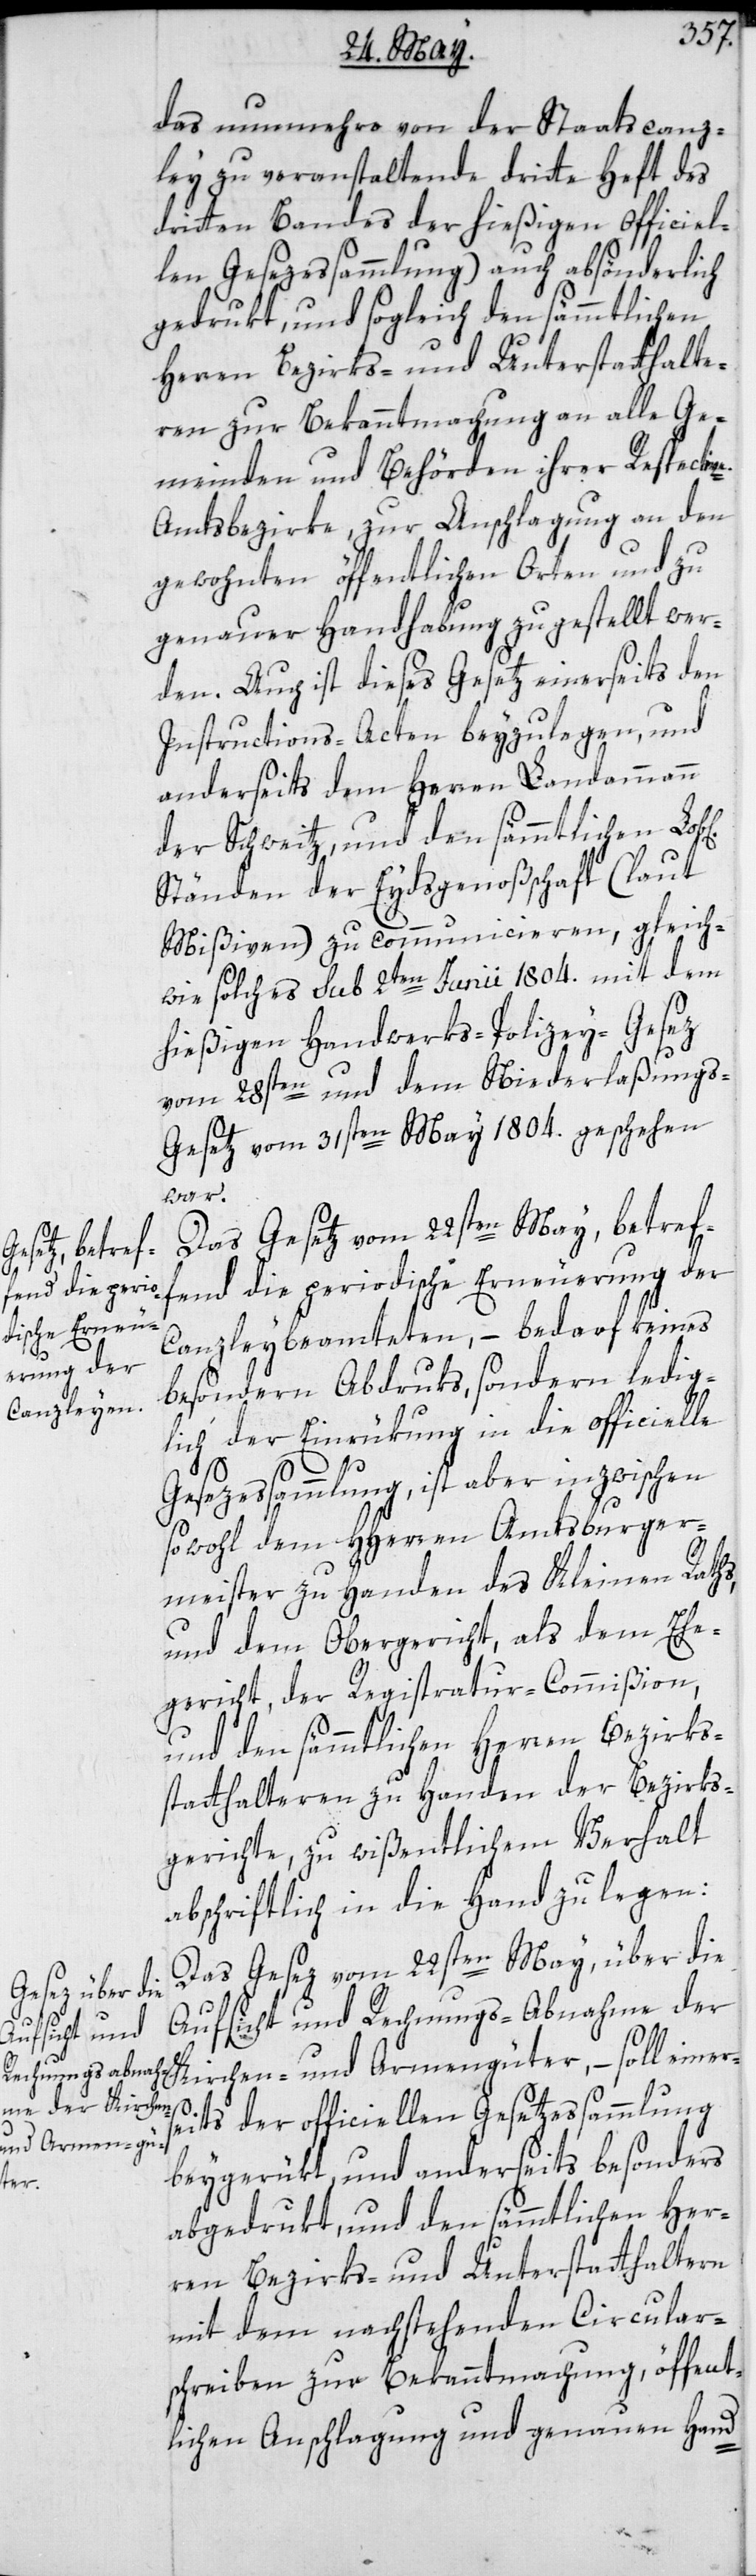
b[lichen]
ers¬

das nunmehro von der Staatscanz¬
ley zu veranstaltende dritte Heft des
dritten Bandes der hießigen Officiel¬
len Gesezessammlung) auch absönderlich
gedrukt und sogleich den sämmtlichen
Herren Bezirks- und Unterstatthalte¬
ren zur Bekanntmachung an alle Ge¬
meinden und Behörden ihrer Respecti¬
Amtsbezirke, zur Anschlagung an den
gewohnten öffentlichen Orten und zu
genauer Handhabung zugestellt wer¬
den. Auch ist dieses Gesetz einerseits den
Instructions-Acten beyzulegen, und
anderseits dem Herren Landammann
der Schweitz und den sämmtlichen Lo¬
Ständen der Eydsgenoßschaft (laut
Mißiven) zu communicieren, gleich
wie solches sub 2ten Junii 1804. mit dem
hießigen Handwerks-Polizey-Gesez
vom 28sten und dem Niederlaßung¬
s-Gesez vom 31sten May 1804. geschehen
war.
Das Gesetz vom 22sten May, betreff¬
end die periodische Erneuerung der
Canzleybeamteten, – bedarf keines
besondern Abdruks, sondern ledig¬
lich der Einrükung in die officielle
Gesezessammlung, ist aber inzwischen
sowohl dem HHerren Amtsburger¬
meister zu Handen des Kleinen Raths,
und dem Obergericht, als dem Ehe¬
gericht, der Registratur-Commißion,
und den sämmtlichen Herren Bezirks¬
statthalteren zu Handen der Bezirks¬
gerichte, zu wißentlichem Verhalt
abschriftlich in die Hand zu legen:
Das Gesez vom 22sten May, über die
Aufsicht und Rechnungs-Abnahme der
Kirchen- und Armengüter, – soll ein¬
eits der officiellen Gesetzessammlung
beygerükt, und anderseits besonders
abgedrukt, und den sämmtlichen Her¬
ren Bezirks- und Unterstatthalteren
mit dem nachstehenden Circular¬
schreiben zur Bekanntmachung, öffent¬
lichen Anschlagung und genauen Hand-